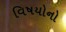
વિષયોનો